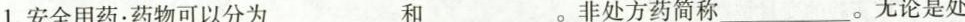
1.安全用药：药物可以分为___和___。非处方药简称___。无论是处